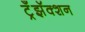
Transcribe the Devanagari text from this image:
ट्रँझॅक्शन